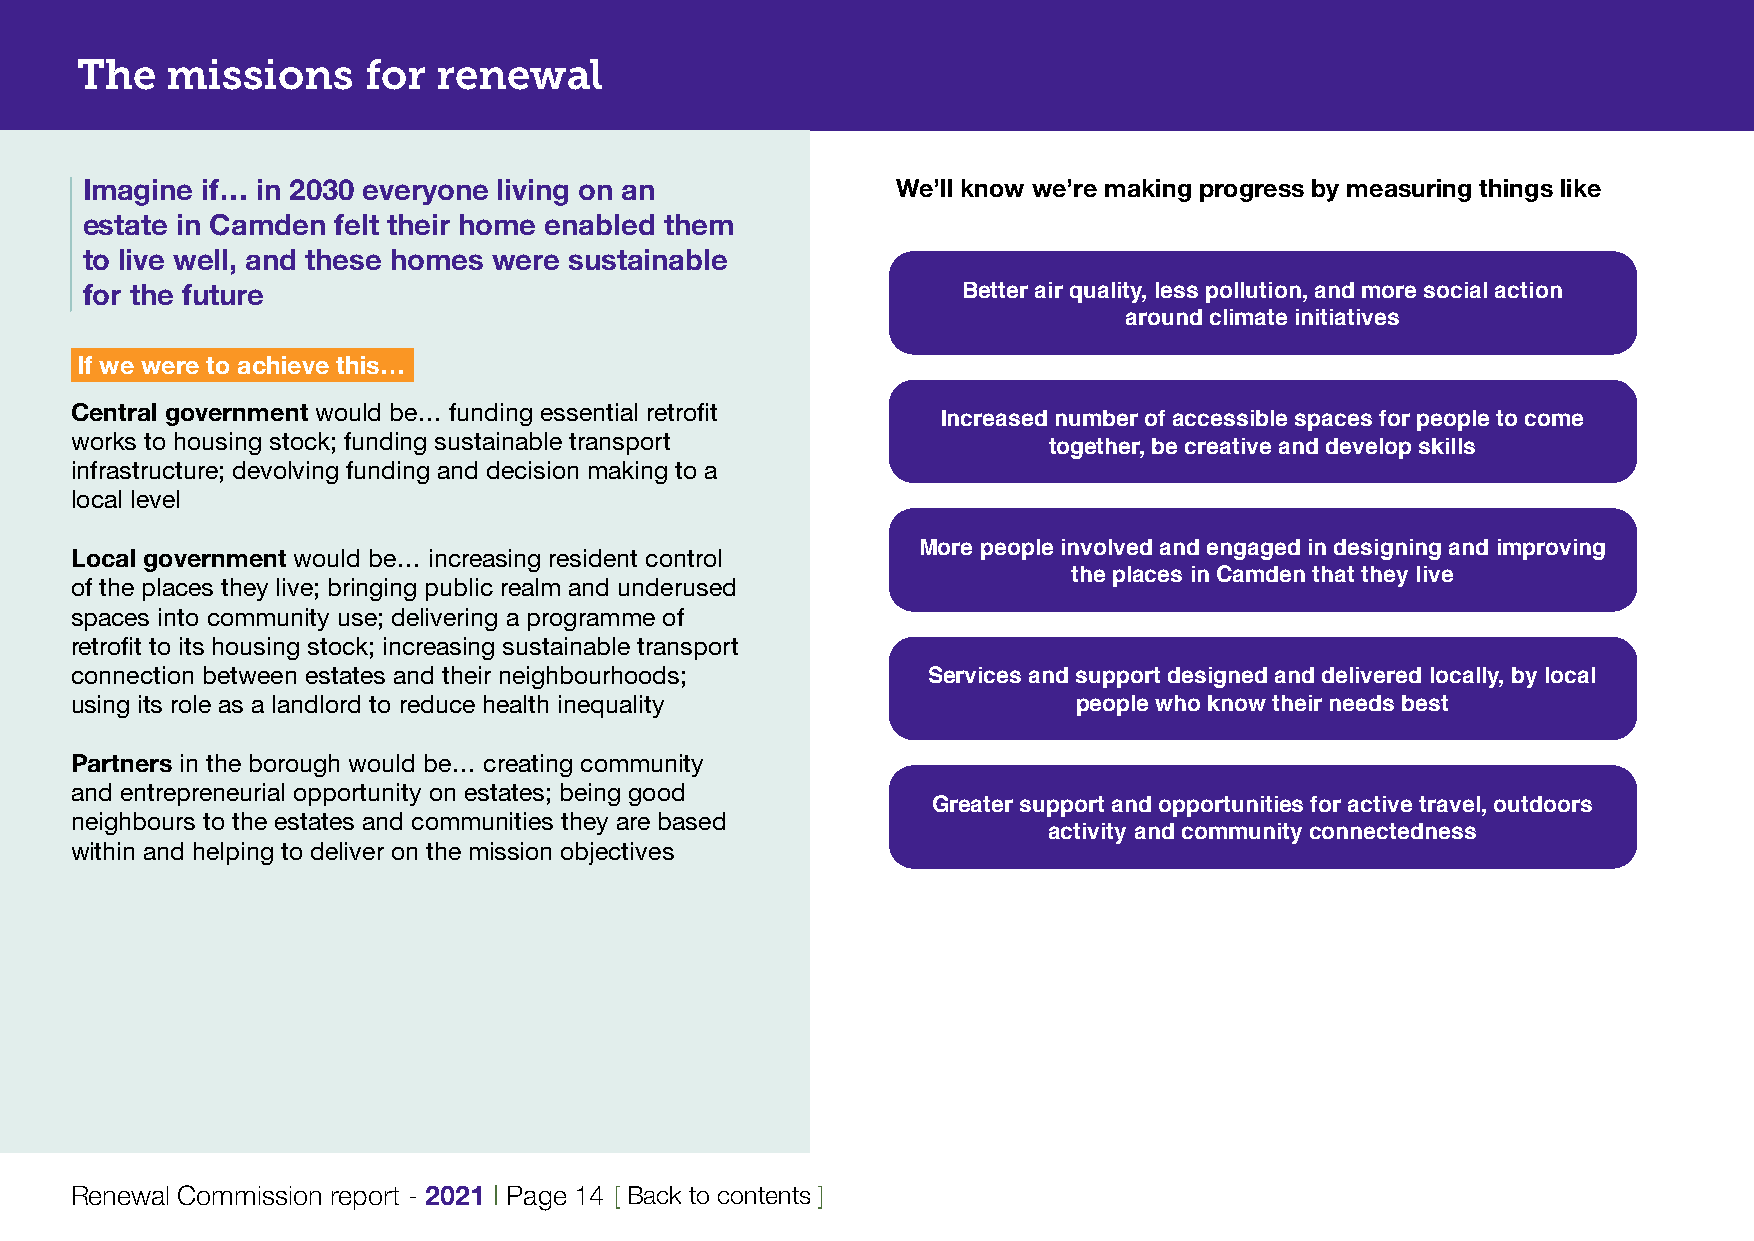
The   missions     for  renewal
 Imagine if… in 2030 everyone living on an             We’ll know we’re making progress by measuring things like
 estate in Camden felt their home enabled them
 to live well, and these homes were sustainable
 for the future                                             Better air quality, less pollution, and more social action
 around climate initiatives
 If we were to achieve this…
 Central government would be… funding essential retrofit
 Increased number of accessible spaces for people to come
 works to housing stock; funding sustainable transport
 together, be creative and develop skills
 infrastructure; devolving funding and decision making to a
 local level
 Local government would be… increasing resident control  More people involved and engaged in designing and improving
 the places in Camden that they live
 of the places they live; bringing public realm and underused
 spaces into community use; delivering a programme of
 retrofit to its housing stock; increasing sustainable transport
 connection between estates and their neighbourhoods;
 Services and support designed and delivered locally, by local
 using its role as a landlord to reduce health inequality          people who know their needs best
 Partners in the borough would be… creating community
 and entrepreneurial opportunity on estates; being good
 Greater support and opportunities for active travel, outdoors
 neighbours to the estates and communities they are based
 activity and community connectedness
 within and helping to deliver on the mission objectives
 Renewal Commission report - 2021 | Page 14 [ Back to contents ]